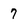
Character: 7